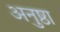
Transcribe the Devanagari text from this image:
अनुष्ठा